Civil Veterinary Department. Madras. Admin. report 1926-33 - 1926-1933
Year: 1926
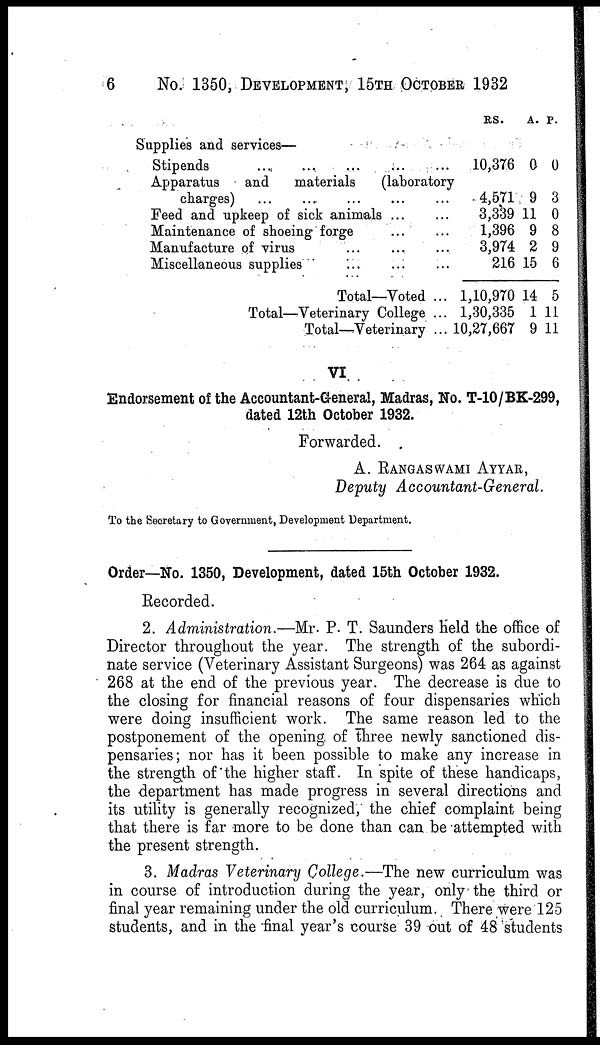
6 No. 1350, DEVELOPMENT, 15TH OCTOBER 1932
Supplies and services—
Stipends
...
....
...
Apparatus
and
materials (laboratory
charges)
...
...
Feed and upkeep of sick animals ...
Maintenance of shoeing forge
Manufacture of virus
Miscellaneous supplies
...
Total—Voted ...
Total—Veterinary College ...
Total—Veterinary ...
RS.
10,376
4,571
3,339
1,396
3,974
216
1,10,970
1,30,335
10,27,667
A.
0
9
11
9
2
15
14
1
9
P.
0
3
0
8
9
6
5
11
11
VI
Endorsement of the Accountant-General, Madras, No. T-10/BK-299,
dated 12th October 1932.
Forwarded.
A. RANGASWAMI AYYAR,
Deputy Accountant-General.
To the Secretary to Government, Development Department.
Order—No. 1350, Development, dated 15th October 1932.
Recorded.
2. Administration.—Mr. P. T. Saunders held the office of
Director throughout the year. The strength of the subordi-
nate service (Veterinary Assistant Surgeons) was 264 as against
268 at the end of the previous year. The decrease is due to
the closing for financial reasons of four dispensaries which
were doing insufficient work. The same reason led to the
postponement of the opening of three newly sanctioned dis-
pensaries; nor has it been possible to make any increase in
the strength of the higher staff. In spite of these handicaps,
the department has made progress in several directions and
its utility is generally recognized, the chief complaint being
that there is far more to be done than can be attempted with
the present strength.
3. Madras Veterinary College.—The new curriculum was
in course of introduction during the year, only the third or
final year remaining under the old curriculum. There were 125
students, and in the final year's course 39 out of 48 students